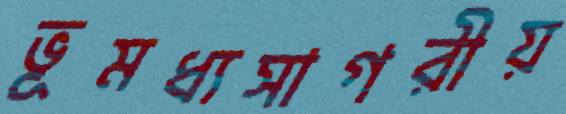
ভূমধ্যসাগরীয়